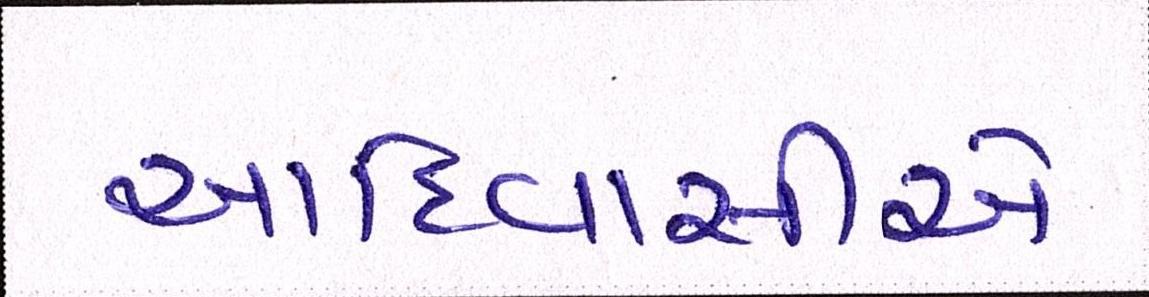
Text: આદિવાસીએ